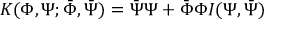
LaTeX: K ( \Phi , \Psi ; \bar { \Phi } , \bar { \Psi } ) = \bar { \Psi } \Psi + \bar { \Phi } \Phi I ( \Psi , \bar { \Psi } )